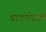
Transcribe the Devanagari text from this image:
प्रातर्नमामि